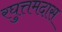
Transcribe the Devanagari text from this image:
रघुत्तमदास